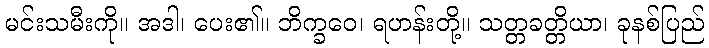
မင်းသမီးကို။ အဒါ၊ ပေး၏။ ဘိက္ခဝေ၊ ရဟန်းတို့။ သတ္တခတ္တိယာ၊ ခုနစ်ပြည်